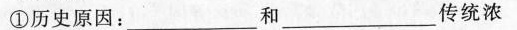
①历史原因：___和___传统浓